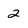
Character: 2